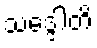
သဒ္ဒေါတိ